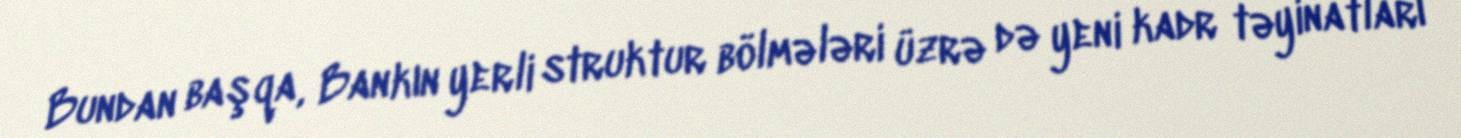
Bundan başqa, Bankın yerli struktur bölmələri üzrə də yeni kadr təyinatları